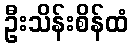
ဦးသိန်းစိန်ထံ